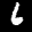
Label: 6